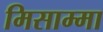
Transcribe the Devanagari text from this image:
मिसाम्मा